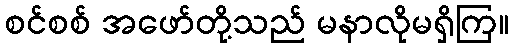
စင်စစ် အဖော်တို့သည် မနာလိုမရှိကြ။